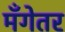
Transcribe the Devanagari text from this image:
मँगेतर